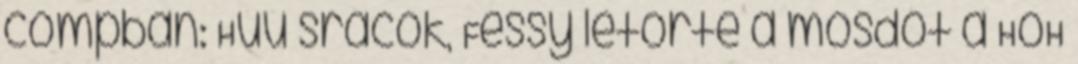
compban: Húú srácok, Fessy letörte a mosdót a HoH